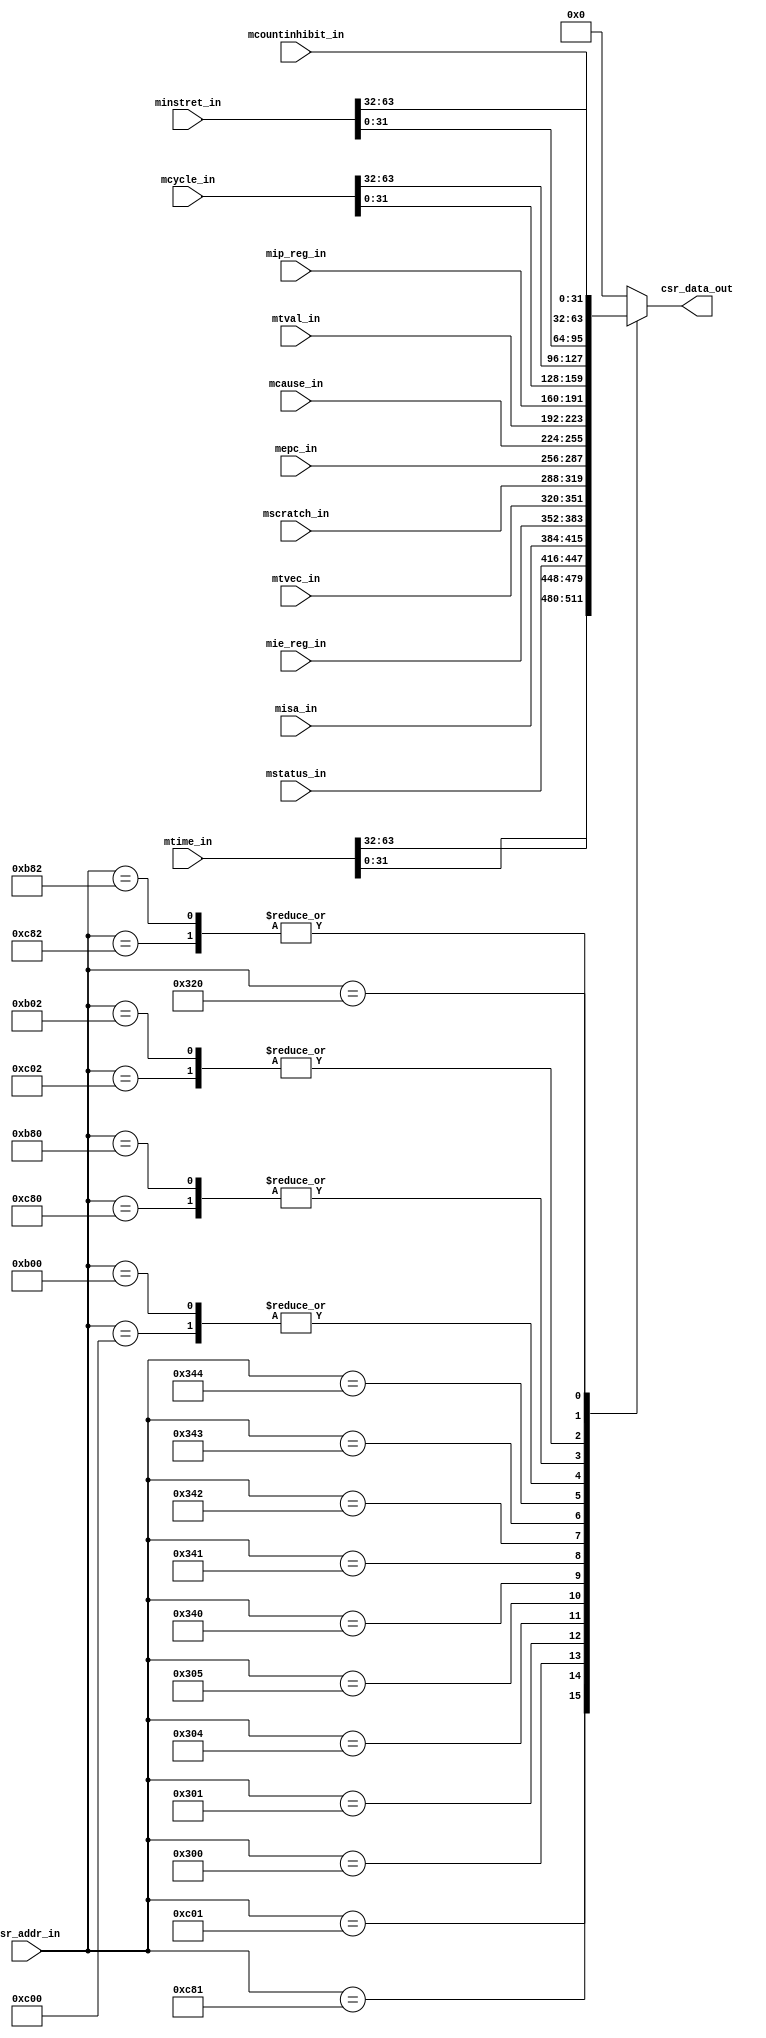
`timescale 1ns / 1ps


module csr_data_mux_unit ( input      [11:0] csr_addr_in,
			   input      [63:0] mcycle_in,mtime_in,minstret_in,
			   input      [31:0] mscratch_in,mip_reg_in,mtval_in,mcause_in,mepc_in,mtvec_in,mstatus_in,misa_in,mie_reg_in,mcountinhibit_in,
			   output reg [31:0] csr_data_out
);

   // CSR ADDRESSES ----------------------------
   
   // Performance Counters
   parameter CYCLE     =         12'hC00;
   parameter TIME      =         12'hC01;
   parameter INSTRET   =         12'hC02;
   parameter CYCLEH    =         12'hC80;
   parameter TIMEH     =         12'hC81;
   parameter INSTRETH  =         12'hC82;
   
   // Machine Trap Setup
   parameter MSTATUS   =         12'h300;
   parameter MISA      =         12'h301;
   parameter MIE       =         12'h304;
   parameter MTVEC     =         12'h305;
   
   // Machine Trap Handling
   parameter MSCRATCH  =         12'h340;
   parameter MEPC      =         12'h341;
   parameter MCAUSE    =         12'h342;
   parameter MTVAL     =         12'h343;
   parameter MIP       =         12'h344;  
   // Machine Counter / Timers
   parameter MCYCLE    =         12'hB00;
   parameter MINSTRET  =         12'hB02;
   parameter MCYCLEH   =         12'hB80;
   parameter MINSTRETH =         12'hB82;
   
   // Machine Counter Setup
   parameter MCOUNTINHIBIT =   12'h320;
   
   always @*
   begin
      case(csr_addr_in)
         CYCLE:         csr_data_out = mcycle_in[31:0];
         CYCLEH:        csr_data_out = mcycle_in[63:32];
         TIME:          csr_data_out = mtime_in[31:0];
         TIMEH:         csr_data_out = mtime_in[63:32];
         INSTRET:       csr_data_out = minstret_in[31:0];
         INSTRETH:      csr_data_out = minstret_in[63:32];
         MSTATUS:       csr_data_out = mstatus_in;
         MISA:          csr_data_out = misa_in;
         MIE:           csr_data_out = mie_reg_in;
         MTVEC:         csr_data_out = mtvec_in;
         MSCRATCH:      csr_data_out = mscratch_in;
         MEPC:          csr_data_out = mepc_in;
         MCAUSE:        csr_data_out = mcause_in;
         MTVAL:         csr_data_out = mtval_in;
         MIP:           csr_data_out = mip_reg_in;
         MCYCLE:        csr_data_out = mcycle_in[31:0];
         MCYCLEH:       csr_data_out = mcycle_in[63:32];
         MINSTRET:      csr_data_out = minstret_in[31:0];
         MINSTRETH:     csr_data_out = minstret_in[63:32];
         MCOUNTINHIBIT: csr_data_out = mcountinhibit_in;
         default:        csr_data_out = 32'b0;
      endcase
    end


endmodule